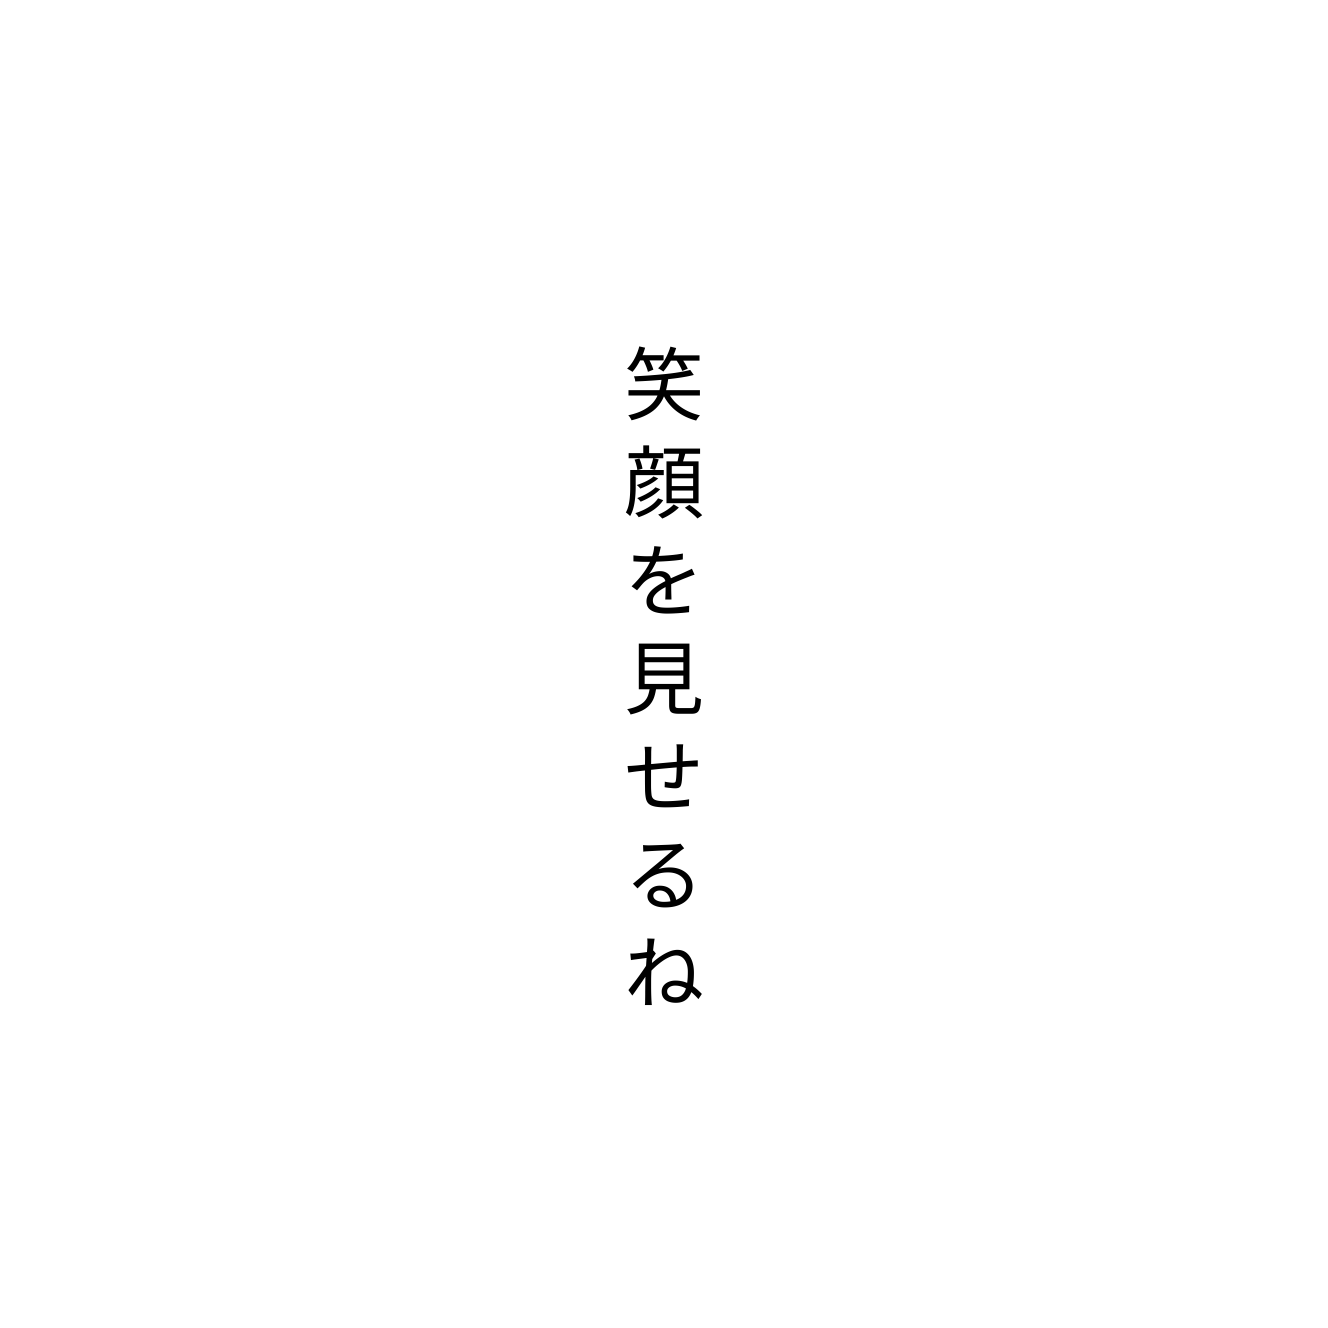
笑顔を見せるね